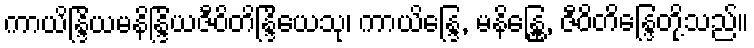
ကာယိန္ဒြိယမနိန္ဒြိယဇီဝိတိန္ဒြိယေသု၊ ကာယိန္ဒြေ, မနိန္ဒြေ္ထ, ဇီဝိတိန္ဒြေတို့သည်။